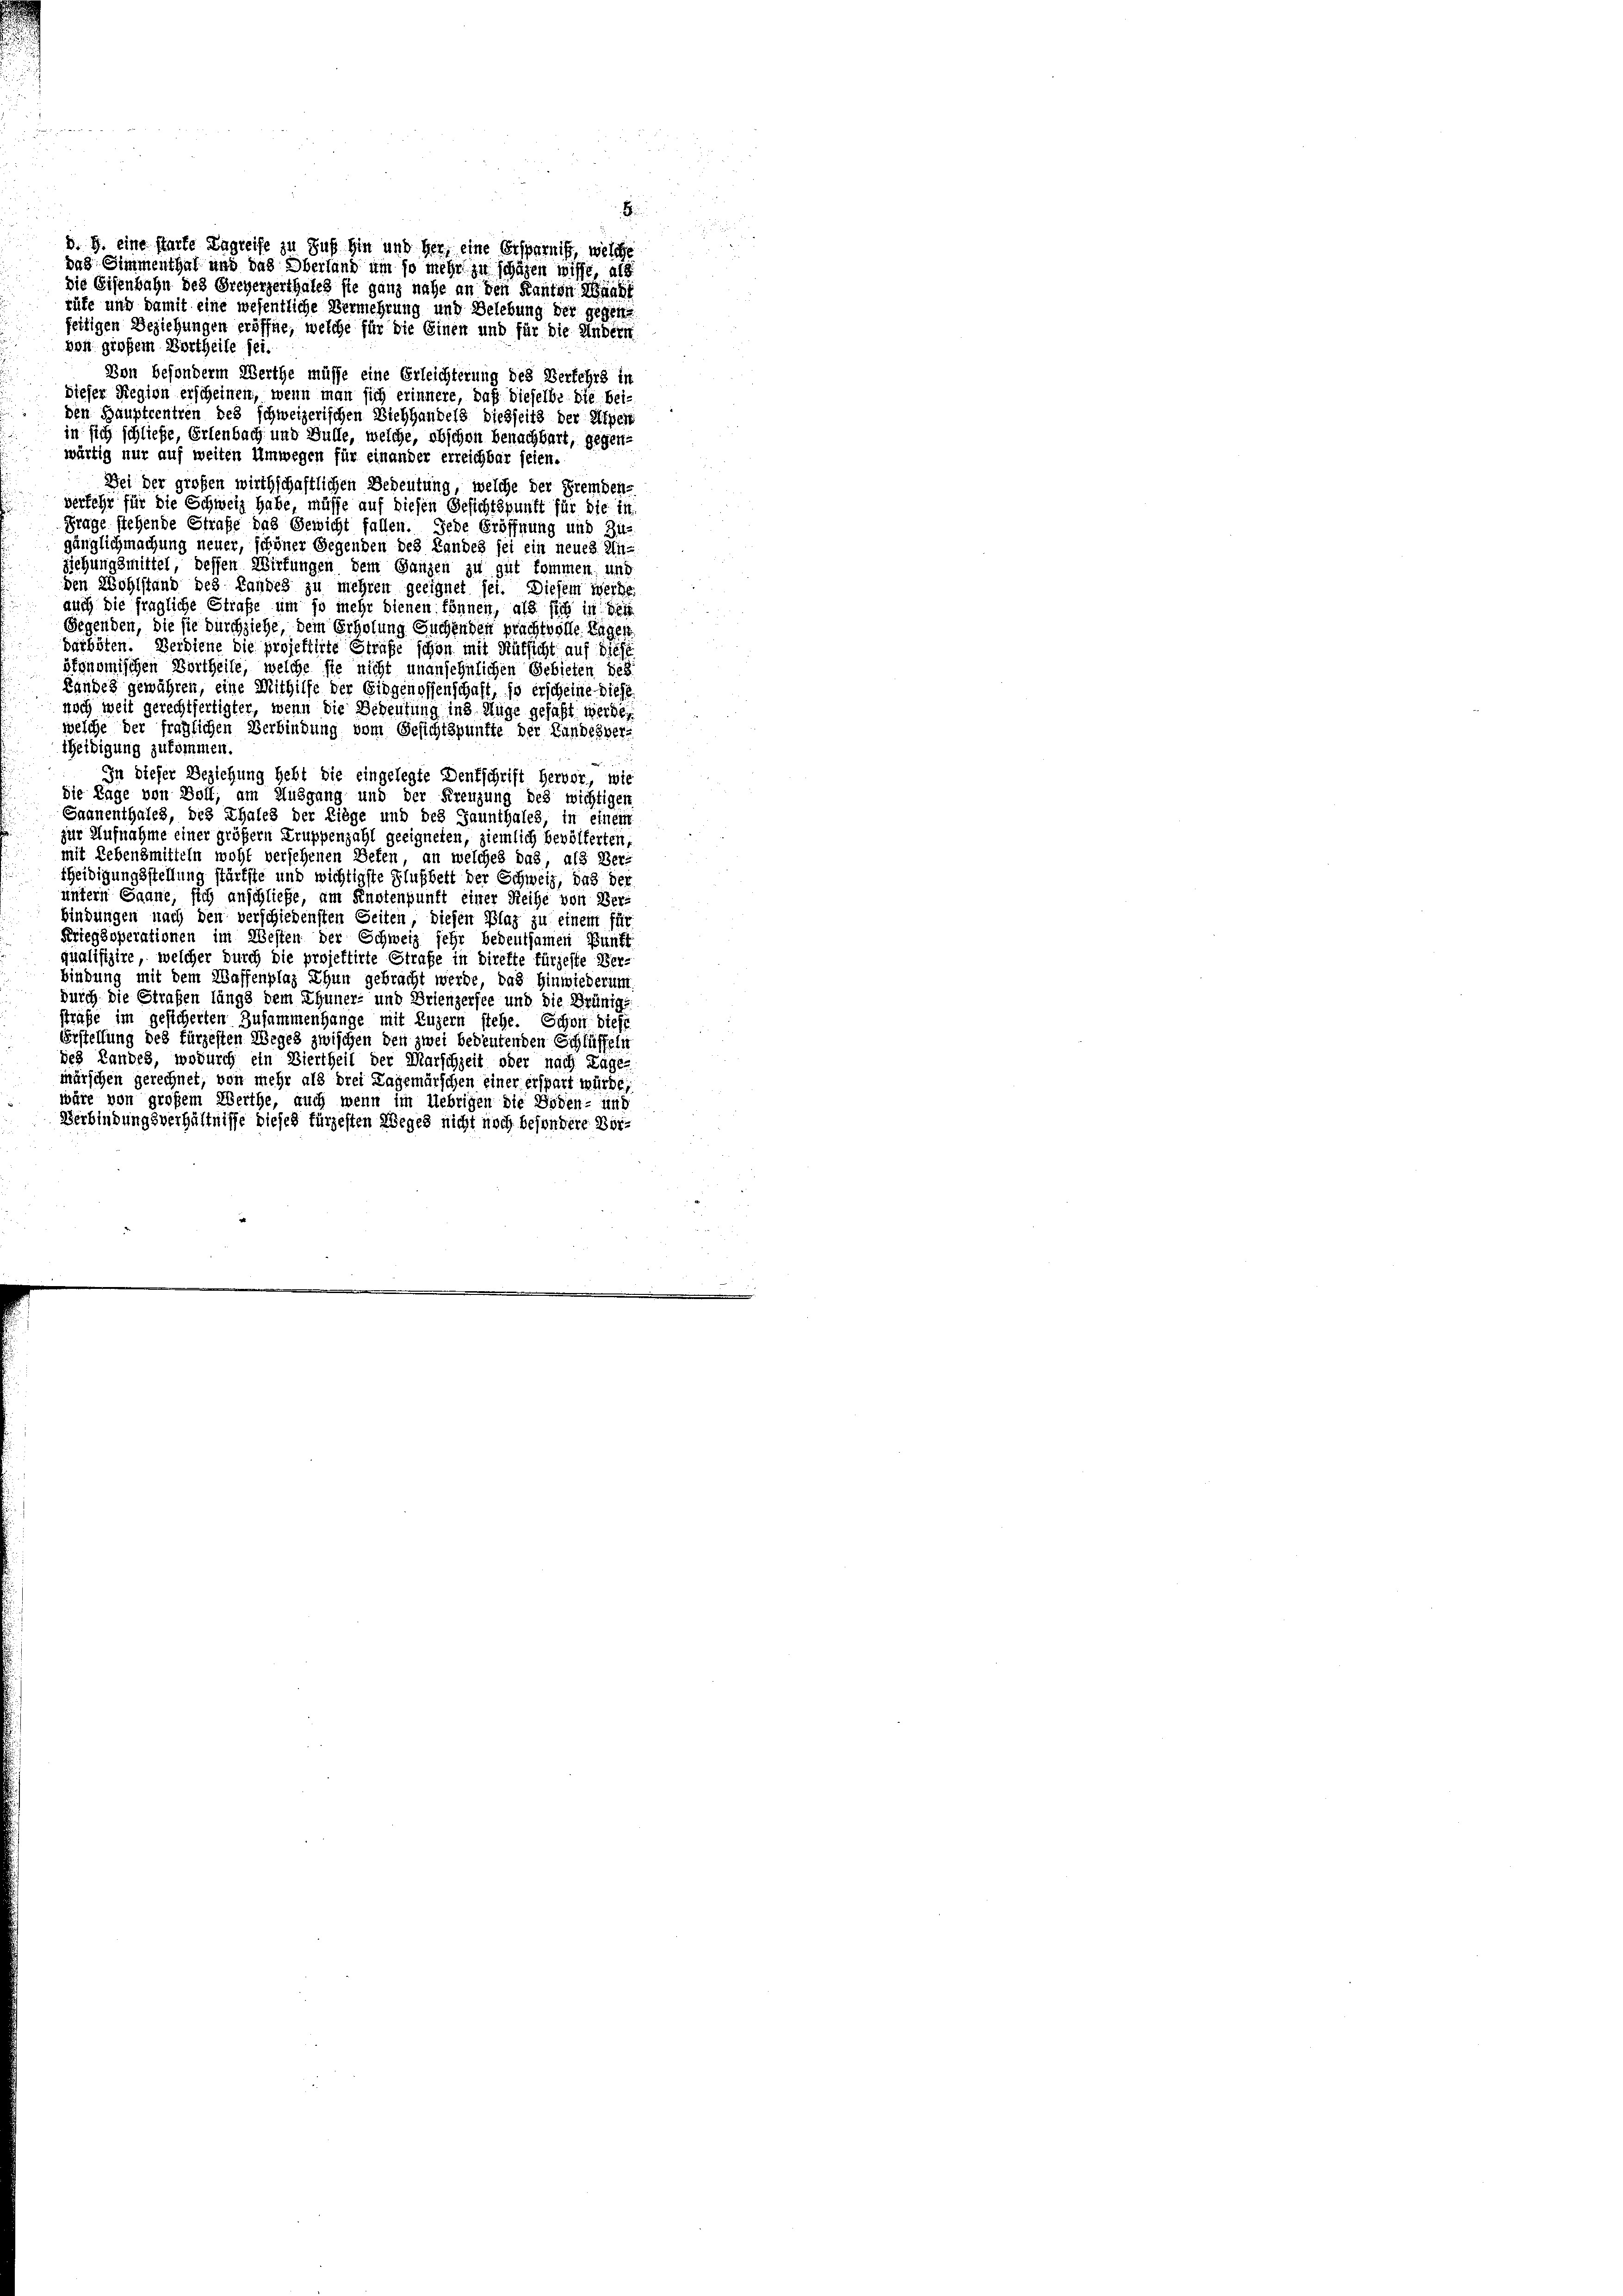
von großem Vortheile sei.

Von besonderm Werthe müsse eine Erleichterung des Verkehrs in
dieser Region erscheinen, wenn man sich erinnere, daß dieselbe die bei-
den Hauptrentren des schweizerischen Viehhandels dießseits der Alpent
in sich schließe, Erlenbach und Gülle, welche, obschon benachbart, gegen-
wärtig nur auf weiten Umwegen für einander erreichbar seien.
Bei der großen wirthschaftlichen Bedeutung, welche der Fremdenderfehr für die Schweiz habe, müsse auf diesen Gesichtspunft für die in
Frage stehende Strafe das Gewicht fallen. Jede Eröffnung und Zu-
gänglich machung neuer, schöner Gegenden des Landes sei ein neues Un-
ziehungsmittel, bessen Wirkungen dem Ganzen zu gut kommen, und
den Wohlstand des Landes zu mehren geeignet sei. Diesem werde.
auch die fragliche Strafe um so mehr dienen können, als sich in des
Gegenden, die sie durchziehe, dem Erholung Suchenden prachtvolle Tagen
darboten. Berdiene die projektirte Straße schon mit Rüksicht auf diese
ökonomischen Vortheile, welche sie nicht unansehnlichen Gebieten des
Landes gewähren, eine Mithilfe der Eidgenossenschaft, so erscheine diese
noch weit gerechtfertigter, wenn die Bedeutung ins Auge gefaßt werde,
welche der fraglichen Verbindung vom Gesichtspunfte der Landesver-
theidigung zukommen.
In dieser Beziehung hebt die eingelegte Dentschrift Hervor, wie
die Tage von Voll; am Müsgang und der Frenzung des wichtigen
Saanenthales, des Thales der Liege und des Jaunthales, in einem
zur Aufnahme einer größern Truppenzahl geeigneten, ziemlich bevölferten,
mit Lebensmitteln wohl versehenen Befen, an welches das, als Ver-
sheidigungsstellung stürtzte und wichtigste Flußbett der Schweiz, das der
untern Saane, sich anschließe, am Finstenpunft einer Reihe von Ber
bindungen nach den verschiedensten Seiten, diesen Plag zu einem für
Kriegsoperationen im Westen der Schweiz sehr bedeutsamen Punkt
qualifizire, welcher durch die projektirte Strafe in direkte fürzeste Ver-
bindung mit dem Waffenplaz Thun gebracht werde, das Hinwiederung
durch die Strafen längs dem Thuner- und Brienzersee und die Brünigs
strafe im gesicherten Zusammenhange mit Luzern stehe. Schon diese
Erstellung des fürzesten Weges zwischen den zwei bedeutenden Schlüffeln
des Landes, wodurch ein Viertheil der Marschzeit oder nach Lage-
mürschen gerechnet, von mehr als drei Lagemärschen einer erspart würde,
wäre von großem Werthe, auch wenn im Uebrigen die Boden- und
Verbindungsverhältnisse dieses fürzesten Weges nicht noch besondere Bei¬

d. G. eine starte Zagreife zu Suf hin und her, eine Ersparnis, welche
das Simmenthal und das Oberland um so mehr zu schäfen wisse, als
Die Eisenbahn des Greyerzerthales sie ganz nahe an den Kanton Maass
rüfe und damit eine wesentliche Vermehrung und Belebung der gegen
feitigen Beziehungen eröffne, welche für die Einen und für die Andern